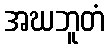
အဃဘူတံ